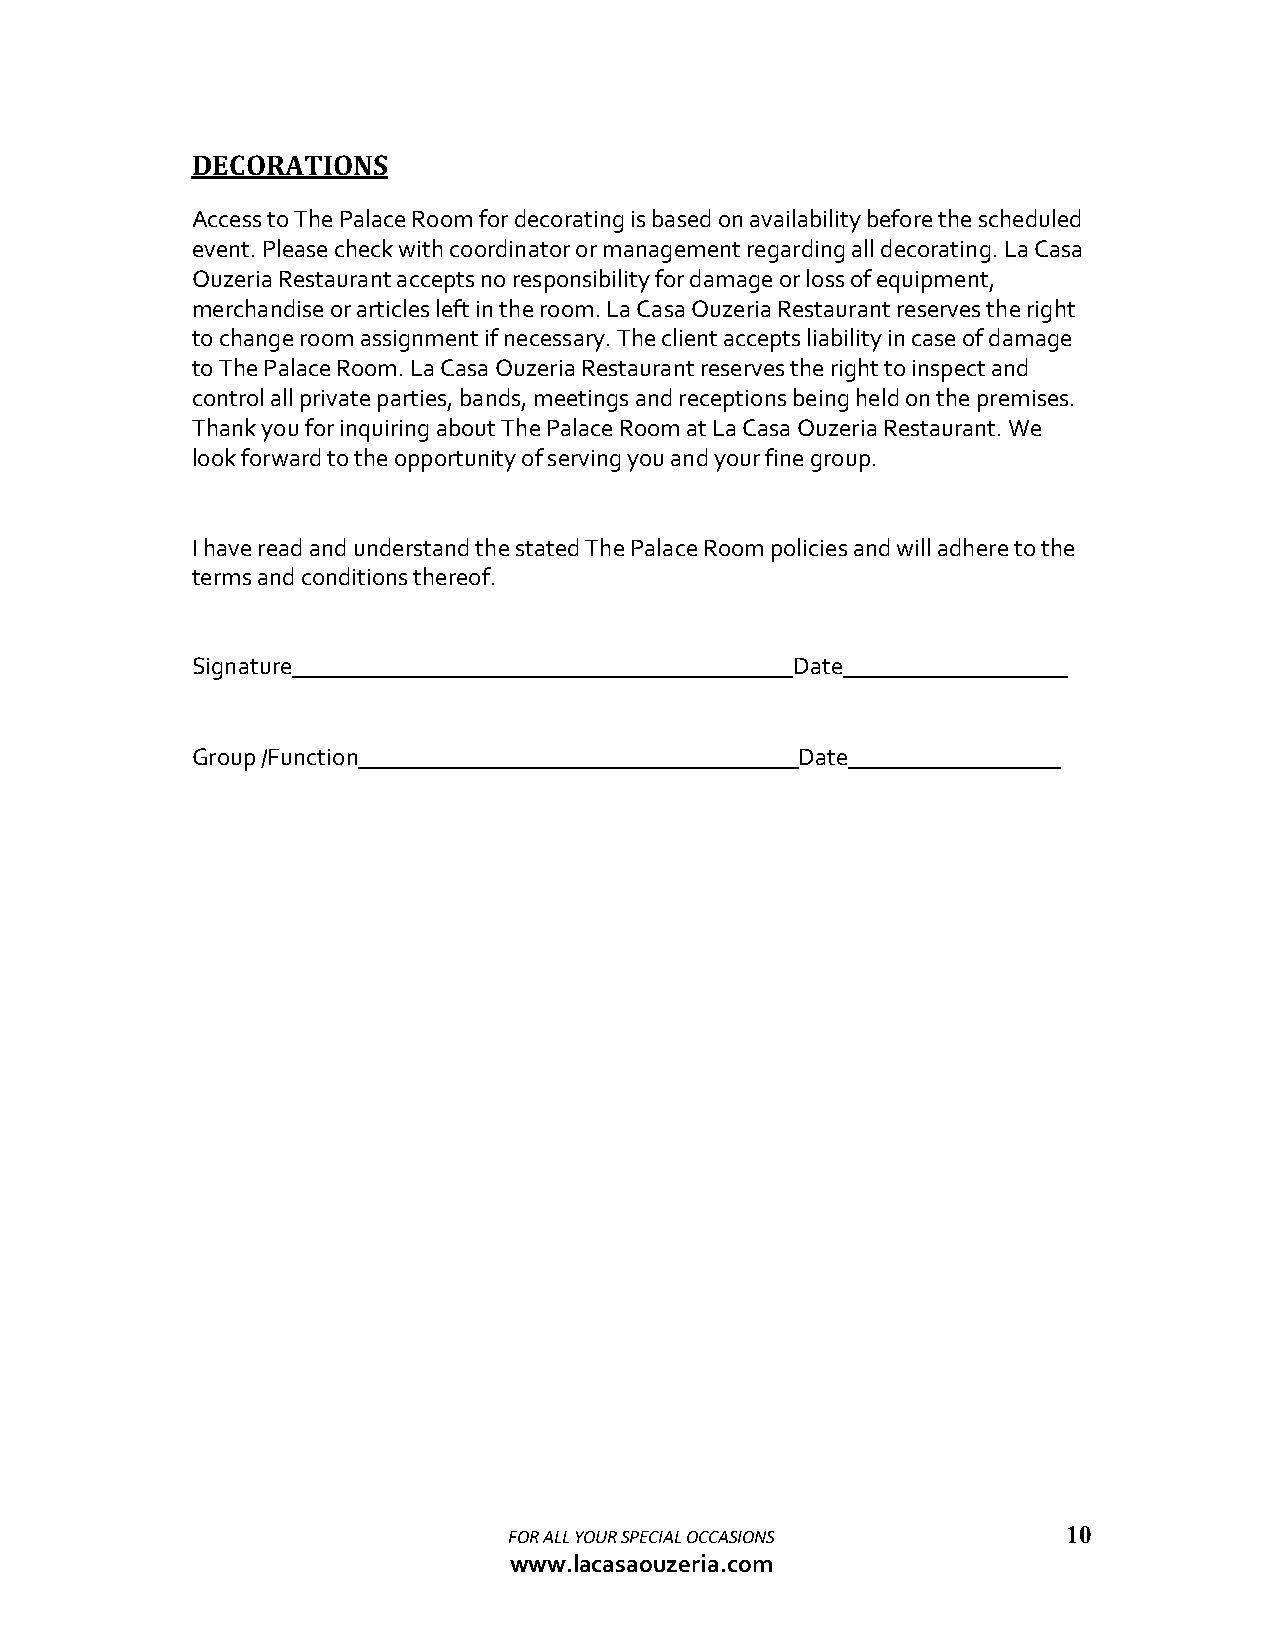
DECORATIONS
 Access to The Palace Room for decorating is based on availability before the scheduled
 event. Please check with coordinator or management regarding all decorating. La Casa
 Ouzeria Restaurant accepts no responsibility for damage or loss of equipment,
 merchandise or articles left in the room. La Casa Ouzeria Restaurant reserves the right
 to change room assignment if necessary. The client accepts liability in case of damage
 to The Palace Room. La Casa Ouzeria Restaurant reserves the right to inspect and
 control all private parties, bands, meetings and receptions being held on the premises.
 Thank you for inquiring about The Palace Room at La Casa Ouzeria Restaurant. We
 look forward to the opportunity of serving you and your fine group.
 I have read and understand the stated The Palace Room policies and will adhere to the
 terms and conditions thereof.
 Signature                               Date
 Group /Function                         Date
 FOR ALL YOUR SPECIAL OCCASIONS       10
 www.lacasaouzeria.com